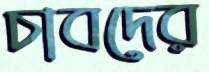
চাবদের